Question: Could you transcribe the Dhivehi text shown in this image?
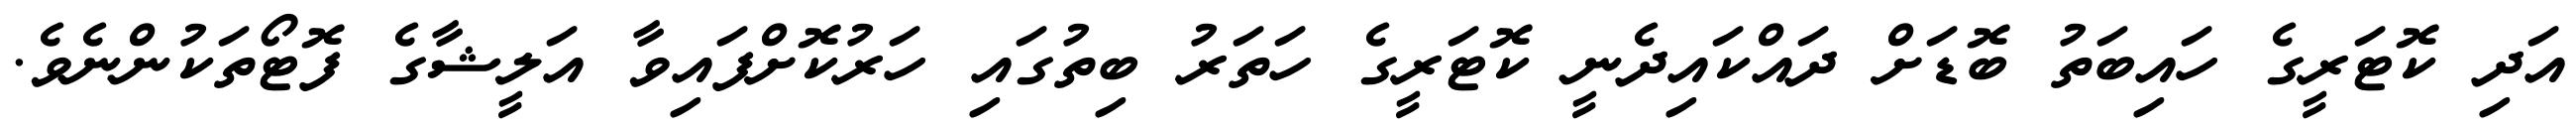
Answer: އަދި ކޮޓަރީގެ ހައިބަތު ބޮޑަށް ދައްކައިދެނީ ކޮޓަރީގެ ހަތަރު ބިތުގައި ހަރުކޮށްފައިވާ އަލީޝާގެ ފޮޓޯތަކުންނެވެ.